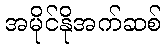
အမိုင်နိုအက်ဆစ်